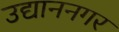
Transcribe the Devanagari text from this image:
उद्याननगर